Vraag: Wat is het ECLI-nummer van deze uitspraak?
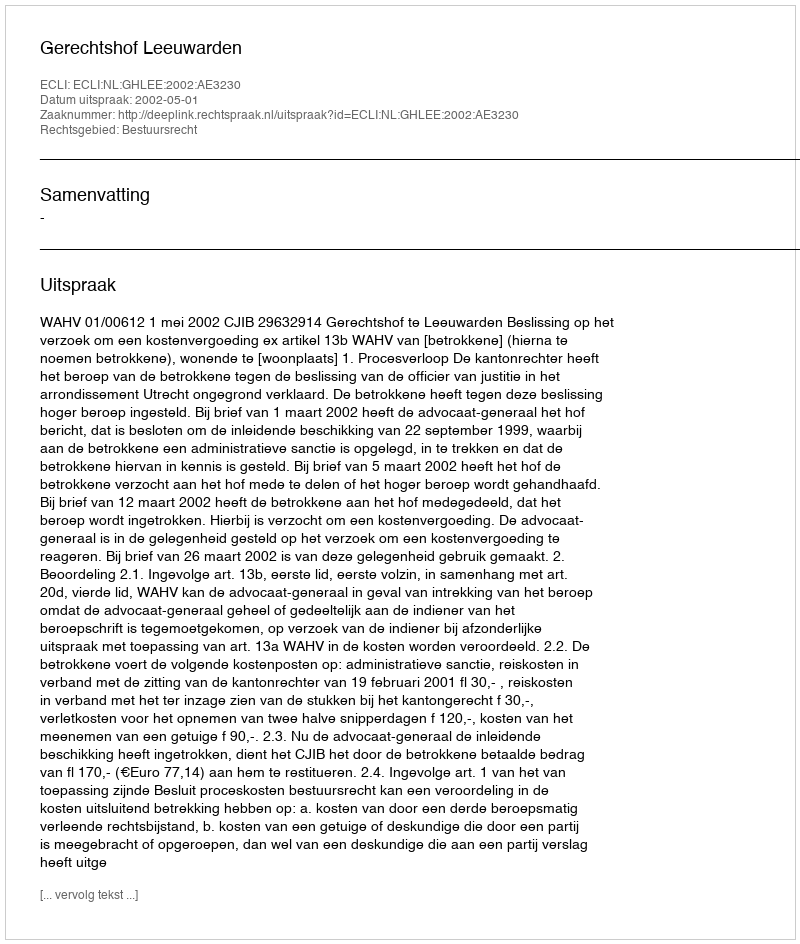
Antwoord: ECLI:NL:GHLEE:2002:AE3230